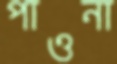
পাওনা